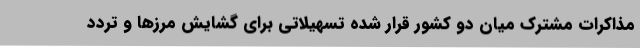
مذاکرات مشترک میان دو کشور قرار شده تسهیلاتی برای گشایش مرزها و تردد